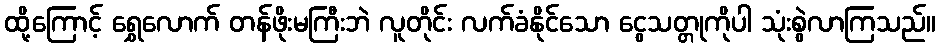
ထို့ကြောင့် ရွှေလောက် တန်ဖိုးမကြီးဘဲ လူတိုင်း လက်ခံနိုင်သော ငွေသတ္တုကိုပါ သုံးစွဲလာကြသည်။